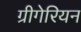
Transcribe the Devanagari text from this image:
ग्रीगेरियन